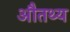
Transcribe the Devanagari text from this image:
औतथ्य